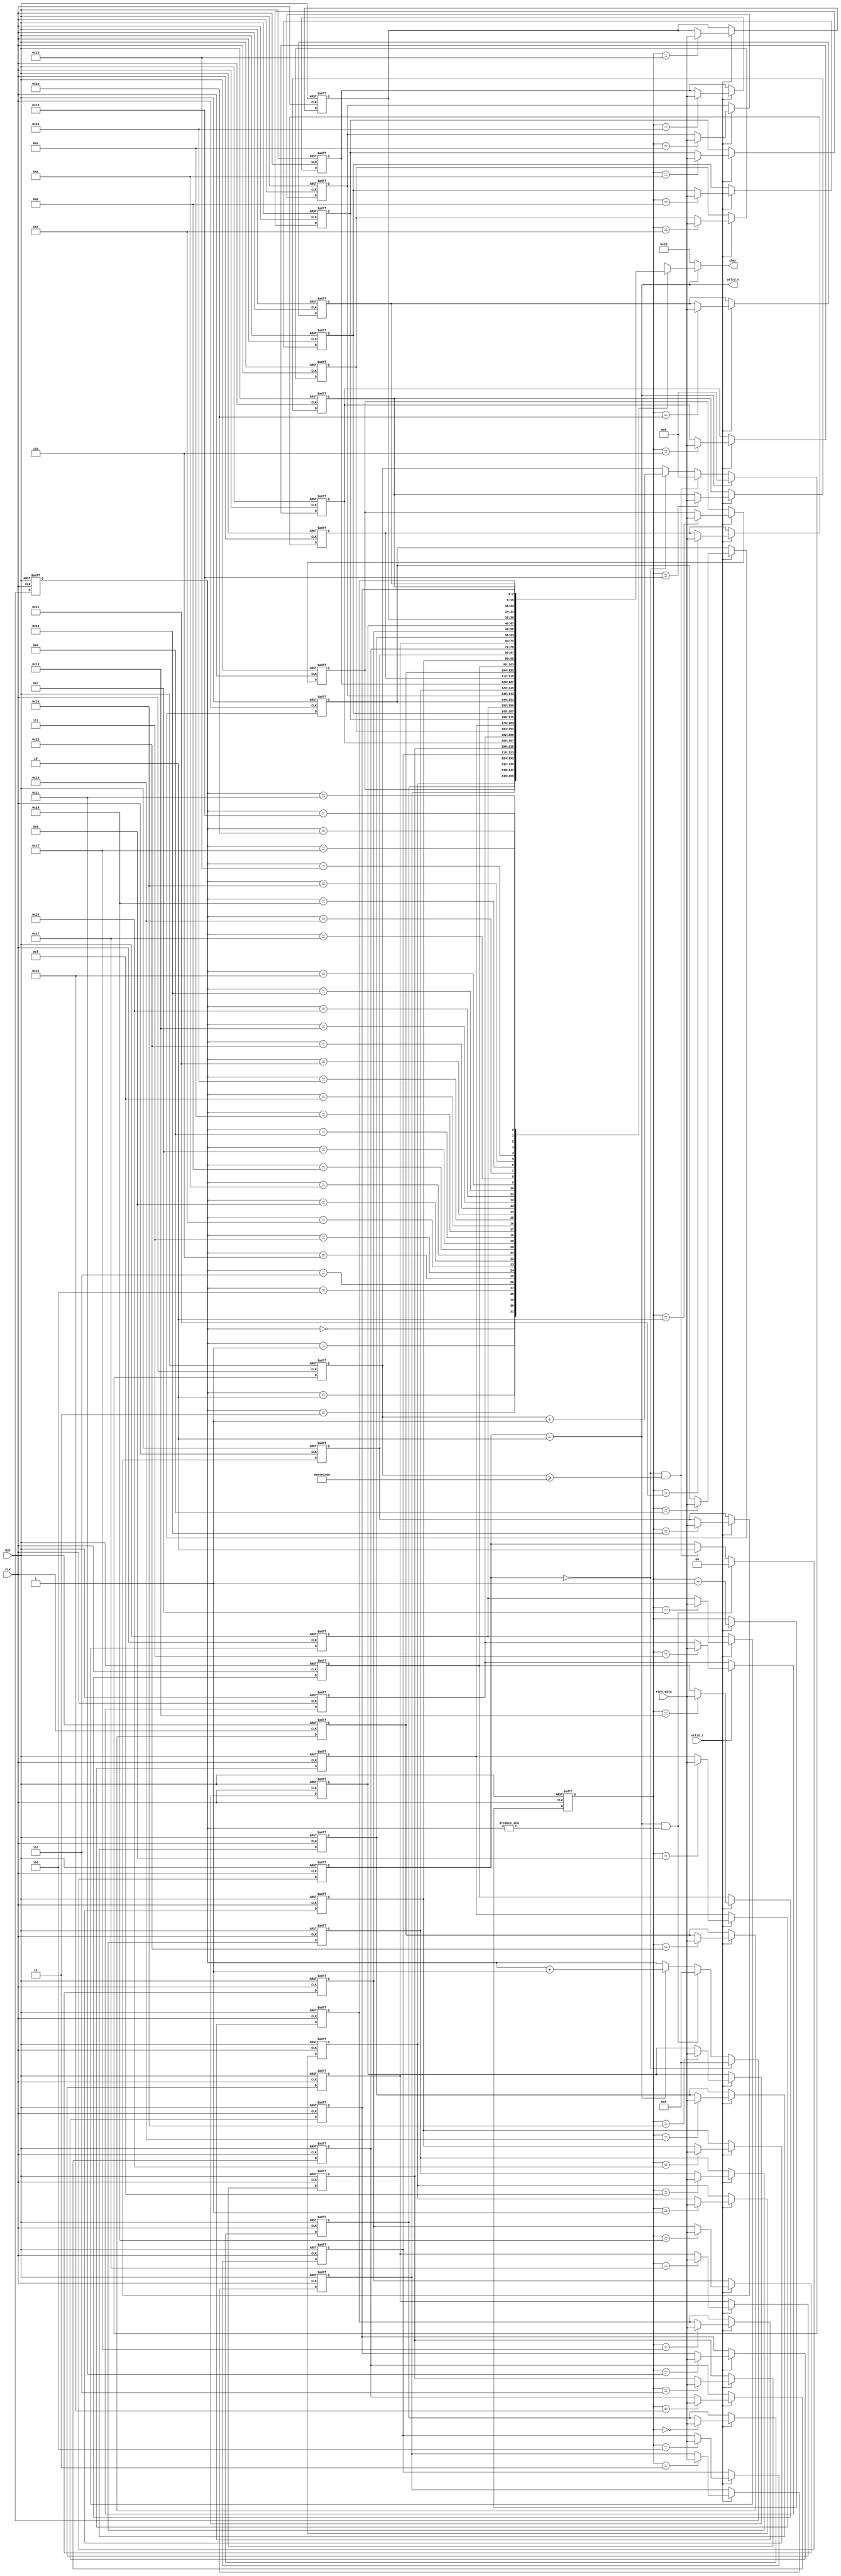

module key2char #(
parameter update_period  = 32'd240_000_000) (
   input        CLK,
   input        RST,

   input           valid_i,
   input [ 8-1: 0] recv_data,

   output [7:0] char,
   output       valid_o
   );

   localparam s_idle = 2'd0;
   localparam s_wait = 2'd1;
   localparam s_char = 2'd2;
   reg [1:0]    state;

   reg	[ 8-1: 0]	lcd_mem[31:0];

   reg	[ 5-1: 0]    counter;
   reg	[ 5-1: 0]    w_pointer;

   reg	[32-1: 0]	cnt_wait;

always @ (posedge CLK or negedge RST) begin
	if (~RST) begin
		state	<= s_idle;
	end else if ( (state==s_char) & (&counter) ) begin
		state	<= s_idle;
	end else if ( (state==s_idle) & (cnt_wait>=update_period) ) begin
		state	<= s_char;
	end
end

always @ (posedge CLK or negedge RST) begin
	if (~RST) begin
		cnt_wait	<= {32{1'b0}};
	end else if (state==s_char) begin
		cnt_wait	<= {32{1'b0}};
	end else if ( (state==s_idle) & (cnt_wait>=update_period) ) begin
		cnt_wait	<= {32{1'b0}};
	end else if (state==s_idle) begin
		cnt_wait	<= cnt_wait + 1'b1;
	end
end

always @ (posedge CLK or negedge RST) begin
	if (~RST) begin
		counter	<= {5{1'b0}};
	end else if (state==s_idle) begin
		counter	<= {5{1'b0}};
	end else if ( (state==s_char) & (&counter) ) begin
		counter	<= {5{1'b0}};
	end else if (state==s_char) begin
		counter	<= counter + 1'b1;
	end
end

always @ (posedge CLK or negedge RST) begin
	if (~RST) begin
		w_pointer	<= {5{1'b0}};
	end else if (valid_i) begin
		w_pointer	<= w_pointer + 1'b1;
	end
end
always @ (posedge CLK or negedge RST) begin
	if (~RST) begin
		lcd_mem[5'h00] <= 8'h48 ; // H
		lcd_mem[5'h01] <= 8'h45 ; // E
		lcd_mem[5'h02] <= 8'h4C ; // L
		lcd_mem[5'h03] <= 8'h4C ; // L
		lcd_mem[5'h04] <= 8'h4F ; // O
		lcd_mem[5'h05] <= 8'h20 ; //  
		lcd_mem[5'h06] <= 8'h46 ; // F
		lcd_mem[5'h07] <= 8'h50 ; // P
		lcd_mem[5'h08] <= 8'h47 ; // G
		lcd_mem[5'h09] <= 8'h41 ; // A
		lcd_mem[5'h0A] <= 8'h20 ; //  
		lcd_mem[5'h0B] <= 8'h57 ; // W
		lcd_mem[5'h0C] <= 8'h45 ; // E
		lcd_mem[5'h0D] <= 8'h4C ; // L
		lcd_mem[5'h0E] <= 8'h43 ; // C
		lcd_mem[5'h0F] <= 8'h4F ; // O
		lcd_mem[5'h10] <= 8'h4D ; // M
		lcd_mem[5'h11] <= 8'h45 ; // E
		lcd_mem[5'h12] <= 8'h20 ; //  
		lcd_mem[5'h13] <= 8'h54 ; // T
		lcd_mem[5'h14] <= 8'h4F ; // O
		lcd_mem[5'h15] <= 8'h20 ; //  
		lcd_mem[5'h16] <= 8'h49 ; // I
		lcd_mem[5'h17] <= 8'h4B ; // K
		lcd_mem[5'h18] <= 8'h45 ; // E
		lcd_mem[5'h19] <= 8'h44 ; // D
		lcd_mem[5'h1A] <= 8'h41 ; // A
		lcd_mem[5'h1B] <= 8'h20 ; //  
		lcd_mem[5'h1C] <= 8'h4C ; // L
		lcd_mem[5'h1D] <= 8'h41 ; // A
		lcd_mem[5'h1E] <= 8'h42 ; // B
		lcd_mem[5'h1F] <= 8'h21 ; // !
	end else if (valid_i) begin
		lcd_mem[w_pointer] <= recv_data;
	end
end

   assign valid_o = (state==s_char);

   assign char =(state==s_char) ? lcd_mem[counter] : 8'h20 ;
//	assign char =(counter==5'h00) ? 8'h48 : // H
//				(counter==5'h01) ? 8'h45 : // E
//				(counter==5'h02) ? 8'h4C : // L
//				(counter==5'h03) ? 8'h4C : // L
//				(counter==5'h04) ? 8'h4F : // O
//				(counter==5'h05) ? 8'h20 : //  
//				(counter==5'h06) ? 8'h46 : // F
//				(counter==5'h07) ? 8'h50 : // P
//				(counter==5'h08) ? 8'h47 : // G
//				(counter==5'h09) ? 8'h41 : // A
//				(counter==5'h0A) ? 8'h20 : //  
//				(counter==5'h0B) ? 8'h57 : // W
//				(counter==5'h0C) ? 8'h45 : // E
//				(counter==5'h0D) ? 8'h4C : // L
//				(counter==5'h0E) ? 8'h43 : // C
//				(counter==5'h0F) ? 8'h4F : // O
//				(counter==5'h10) ? 8'h4D : // M
//				(counter==5'h11) ? 8'h45 : // E
//				(counter==5'h12) ? 8'h20 : //  
//				(counter==5'h13) ? 8'h54 : // T
//				(counter==5'h14) ? 8'h4F : // O
//				(counter==5'h15) ? 8'h20 : //  
//				(counter==5'h16) ? 8'h49 : // I
//				(counter==5'h17) ? 8'h4B : // K
//				(counter==5'h18) ? 8'h45 : // E
//				(counter==5'h19) ? 8'h44 : // D
//				(counter==5'h1A) ? 8'h41 : // A
//				(counter==5'h1B) ? 8'h20 : //  
//				(counter==5'h1C) ? 8'h4C : // L
//				(counter==5'h1D) ? 8'h41 : // A
//				(counter==5'h1E) ? 8'h42 : // B
//			/*	(counter==5'h1F)?*/8'h21 ; // !

   
endmodule